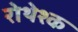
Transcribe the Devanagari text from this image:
रोथेश्क